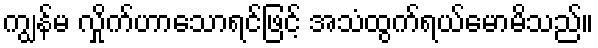
ကျွန်မ လှိုက်ဟာသောရင်ဖြင့် အသံထွက်ရယ်မောမိသည်။